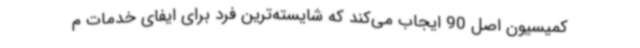
کمیسیون اصل 90 ایجاب می‌کند که شایسته‌ترین فرد برای ایفای خدمات م